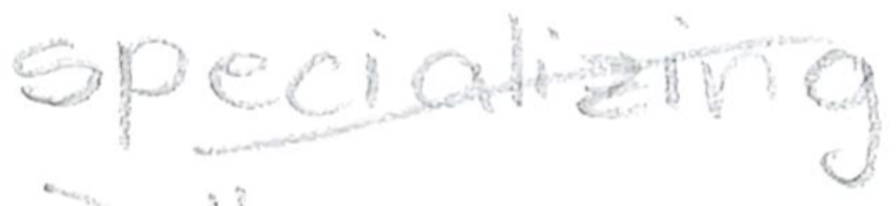
Text: specializing
Cross-out: diagonal
Writing tool: pencil